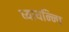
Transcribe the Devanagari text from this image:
ध्यायन्न्पि